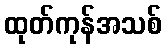
ထုတ်ကုန်အသစ်